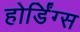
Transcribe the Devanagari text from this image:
होर्डिंग्स